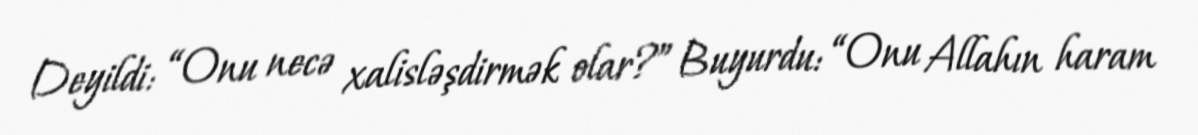
Deyildi: “Onu necə xalisləşdirmək olar?” Buyurdu: “Onu Allahın haram